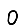
Digit: 0